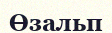
Өзальп